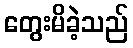
တွေးမိခဲ့သည်